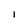
Character: I